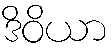
ဒိဝိယာ